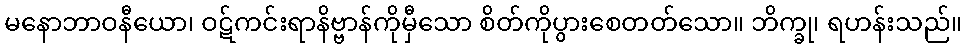
မနောဘာဝနီယော၊ ဝဋ်ကင်းရာနိဗ္ဗာန်ကိုမှီသော စိတ်ကိုပွားစေတတ်သော။ ဘိက္ခု၊ ရဟန်းသည်။